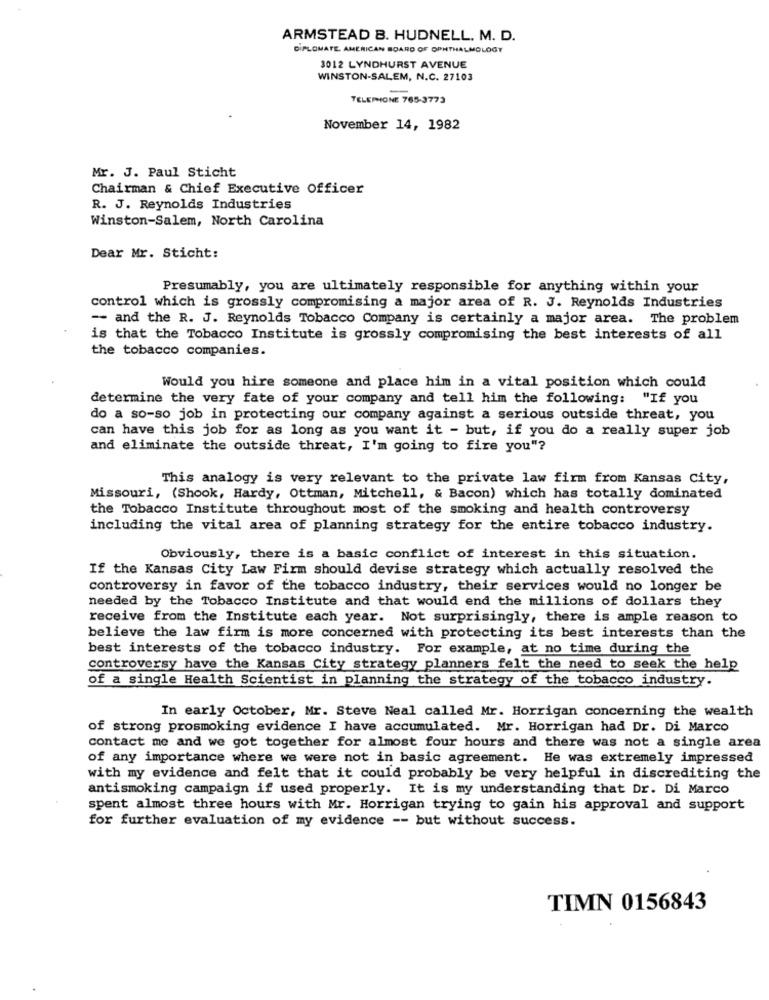
ARMSTEAD B. HUDNELL. M. D.
DIPLOMATE. AMERICAN BOARD OF OPHTHALMOLOGY
3012 LYNDHURST AVENUE
WINSTON-SALEM, N.C. 27103
TELEPHONE 765-3773
November 14, 1982
Mr. J. Paul Sticht
Chairman & Chief Executive Officer
R. J. Reynolds Industries
Winston-Salem, North Carolina
Dear Mr. Sticht:
Presumably, you are ultimately responsible for anything within your
control which is grossly compromising a major area of R. J. Reynolds Industries
-- and the R. J. Reynolds Tobacco Company is certainly a major area. The problem
is that the Tobacco Institute is grossly compromising the best interests of all
the tobacco companies.
Would you hire someone and place him in a vital position which could
determine the very fate of your company and tell him the following: "If you
do a so-so job in protecting our company against a serious outside threat, you
can have this job for as long as you want it - but, if you do a really super job
and eliminate the outside threat, I'm going to fire you"?
This analogy is very relevant to the private law firm from Kansas City,
Missouri, (Shook, Hardy, Ottman, Mitchell, & Bacon) which has totally dominated
the Tobacco Institute throughout most of the smoking and health controversy
including the vital area of planning strategy for the entire tobacco industry.
Obviously, there is a basic conflict of interest in this situation.
If the Kansas City Law Firm should devise strategy which actually resolved the
controversy in favor of the tobacco industry, their services would no longer be
needed by the Tobacco Institute and that would end the millions of dollars they
receive from the Institute each year. Not surprisingly, there is ample reason to
believe the law firm is more concerned with protecting its best interests than the
best interests of the tobacco industry. For example, at no time during the
controversy have the Kansas City strategy planners felt the need to seek the help
of a single Health Scientist in planning the strategy of the tobacco industry.
In early October, Mr. Steve Neal called Mr. Horrigan concerning the wealth
of strong prosmoking evidence I have accumulated. Mr. Horrigan had Dr. Di Marco
contact me and we got together for almost four hours and there was not a single area
of any importance where we were not in basic agreement. He was extremely impressed
with my evidence and felt that it could probably be very helpful in discrediting the
antismoking campaign if used properly. It is my understanding that Dr. Di Marco
spent almost three hours with Mr. Horrigan trying to gain his approval and support
for further evaluation of my evidence -- but without success.
TIMN 0156843